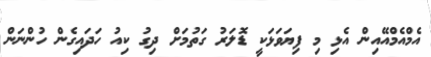
އެމްއެމްއޭއިން އެޅި މި ފިޔަވަޅަކީ ޑޮލަރު ގަތުމަށް ދިގު ކިއު ހަދައިގެން ހުންނަން